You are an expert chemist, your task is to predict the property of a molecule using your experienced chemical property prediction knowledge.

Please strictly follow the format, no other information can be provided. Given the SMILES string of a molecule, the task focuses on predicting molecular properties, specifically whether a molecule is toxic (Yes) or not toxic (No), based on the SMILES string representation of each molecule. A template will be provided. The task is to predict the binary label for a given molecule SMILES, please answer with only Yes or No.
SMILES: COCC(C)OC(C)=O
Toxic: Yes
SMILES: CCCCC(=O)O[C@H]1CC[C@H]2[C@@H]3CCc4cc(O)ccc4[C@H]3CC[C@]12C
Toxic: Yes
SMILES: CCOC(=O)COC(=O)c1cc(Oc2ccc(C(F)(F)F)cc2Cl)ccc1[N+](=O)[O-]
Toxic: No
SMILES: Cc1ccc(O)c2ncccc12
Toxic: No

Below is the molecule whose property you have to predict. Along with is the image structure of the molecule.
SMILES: O=C1CCC(c2ccccc2)(C2CCN(Cc3ccccc3)CC2)C(=O)N1
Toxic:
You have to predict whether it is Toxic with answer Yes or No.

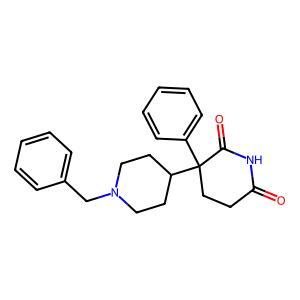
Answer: No